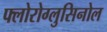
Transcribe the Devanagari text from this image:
फ्लोरोग्लुसिनोल